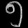
Digit: ၅